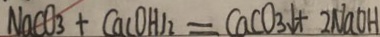
N a C O _ { 3 } + C a ( O H ) _ { 2 } = C a C O _ { 3 } \downarrow + 2 N a O H